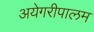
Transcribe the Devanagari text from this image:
अयेगरीपालम